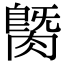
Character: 𦟡